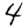
Digit: 4